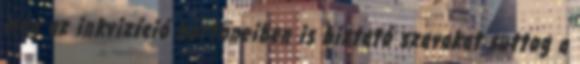
még az inkvizíció börtöneiben is biztató szavakat suttog a